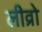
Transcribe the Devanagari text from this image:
लीव्रो